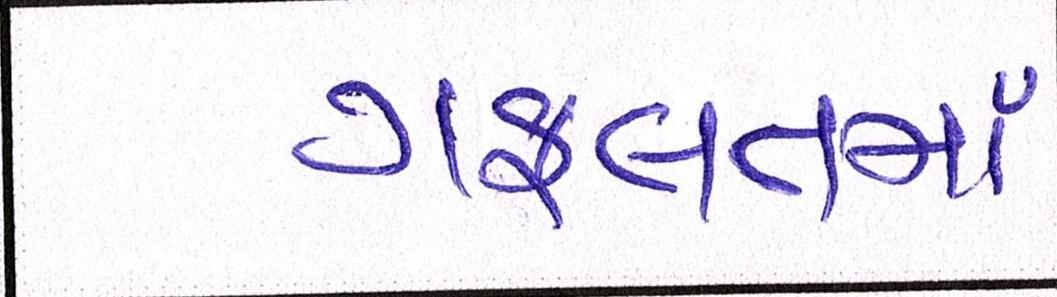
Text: ગફલતમાં